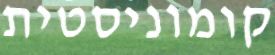
קומוניסטית